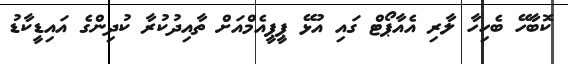
ކޮބާހޭ ބެހިހާ ލާރި އެއާޕޯޓް ގައި އުޅޭ ޕީޕީއެމްއަށް ތާއިދުކުރާ ކުދިންގެ އައިޑީކާޑު